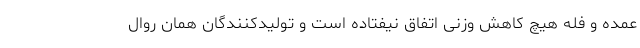
عمده و فله هیچ کاهش وزنی اتفاق نیفتاده است و تولیدکنندگان همان روال